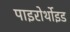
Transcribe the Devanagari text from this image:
पाइरोर्थोइड